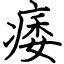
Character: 痿